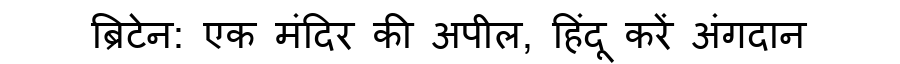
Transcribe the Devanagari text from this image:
ब्रिटेन: एक मंदिर की अपील, हिंदू करें अंगदान